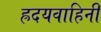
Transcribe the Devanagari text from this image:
ह्रदयवाहिनी